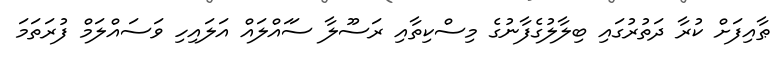
ޠާއިފަށް ކުރާ ދަތުރުގައި ބިލާލުގެފާނުގެ މިސްކިތާއި ރަސޫލާ ސަައްލައް އަލައިހި ވަސައްލަމް ފުރަތަމަ